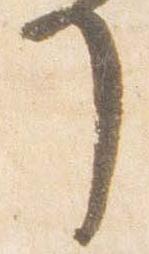
了